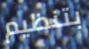
بتنظيم